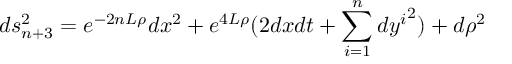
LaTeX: d s _ { n + 3 } ^ { 2 } = e ^ { - 2 n L \rho } d x ^ { 2 } + e ^ { 4 L \rho } ( 2 d x d t + \sum _ { i = 1 } ^ { n } { d y ^ { i } } ^ { 2 } ) + d \rho ^ { 2 }